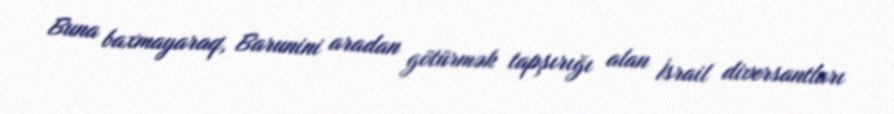
Buna baxmayaraq, Barunini aradan götürmək tapşırığı alan İsrail diversantları